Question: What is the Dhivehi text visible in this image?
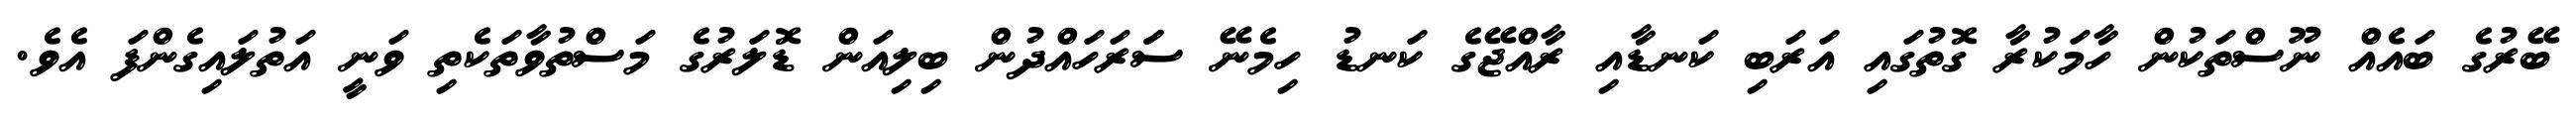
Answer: ބޭރުގެ ބައެއް ނޫސްތަކުން ހާމަކުރާ ގޮތުގައި އަރަބި ކަނޑާއި ރާއްޖޭގެ ކަނޑު ހިމެނޭ ސަަރަހައްދުން ބިލިއަން ޑޮލަރުގެ މަސްތުވާތަކެތި ވަނީ އަތުލައިގެންފަ އެވެ.